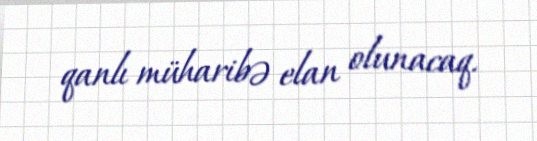
qanlı müharibə elan olunacaq.